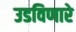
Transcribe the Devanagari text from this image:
उडविणारे